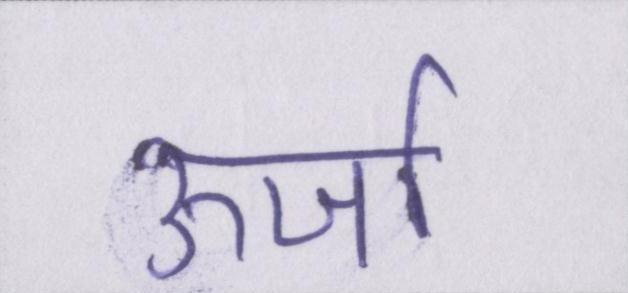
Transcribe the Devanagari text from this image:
ऊर्जा